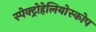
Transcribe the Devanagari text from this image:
स्पेक्ट्रोहेलियोस्कोप